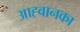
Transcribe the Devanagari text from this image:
आह्वानका